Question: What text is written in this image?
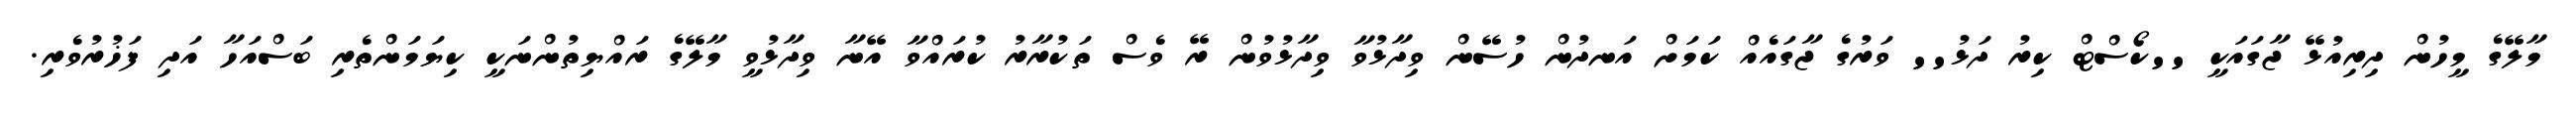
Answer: މާލޭގެ މީހުން ދިރިއުޅޭ ޖާގައަކީ ''ކޯސްޓް ކިރު ދަޅު'' ވަރުގެ ޖާގައެއް ކަމަށް އަނދުން ހުސޭން ވިދާޅުވާ ވިދާޅުވުން ރޭ ވެސް ތަކުރާރު ކުރައްވާ އޭނާ ވިދާޅުވީ މާލޭގެ ރައްޔިތުންނަކީ ކިޔަމަންތެރި ބަސްއަހާ އަދި ފަޚުރުވެރި.